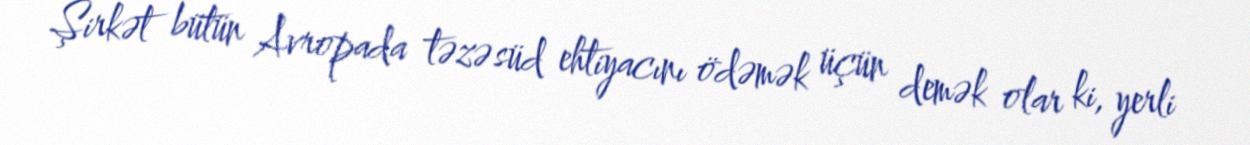
Şirkət bütün Avropada təzə süd ehtiyacını ödəmək üçün demək olar ki, yerli